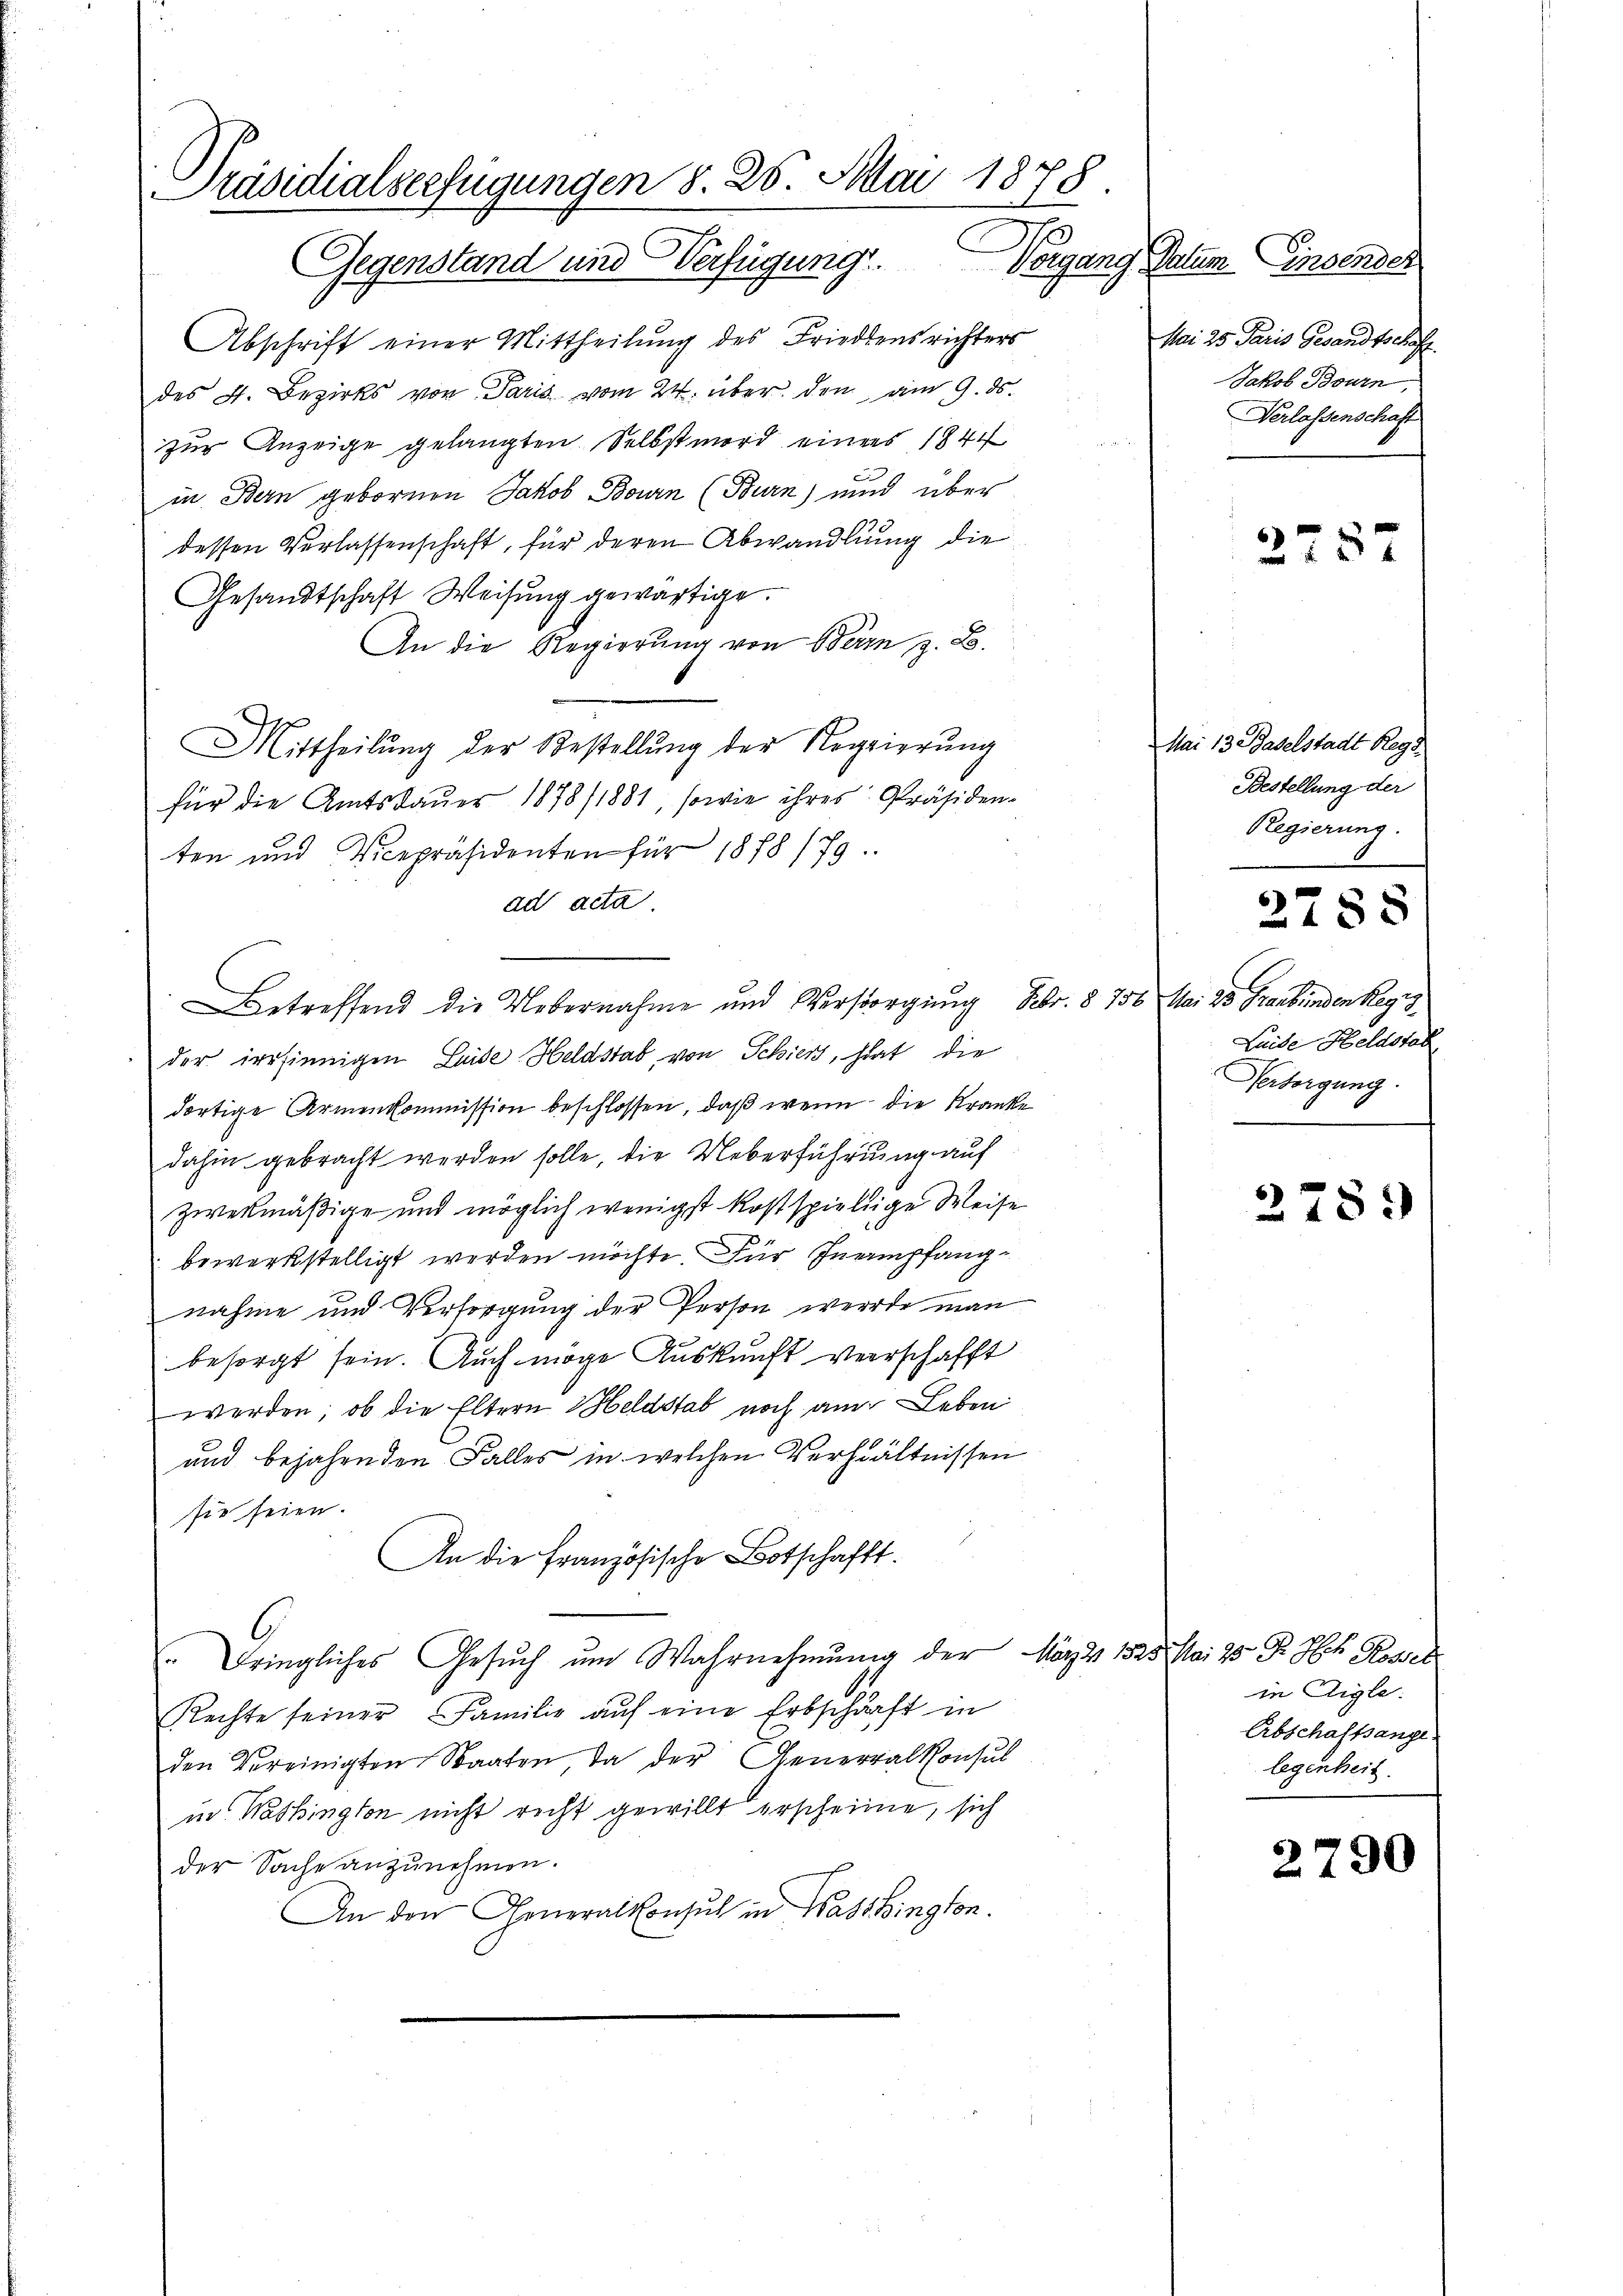
Präsidialserfügungen 8. 26. Mai 1878.
Gegenstand und Verfügung. Vergang Datum Einsender

Abschrift einer Mittheilung des Friedensrichters
des 4. Bezirks von Paris vom 24. über den am 9. ds.
zur Anzeige gelangten Selbstmord einers 1844
in Bern gebornen Jakob Bouren (Burn) und über
dessen Verlassenschaft, für deren Abwandlung die
Gesandtschaft Weisung gewärtige.
An die Regierung von Bern, z. B.
Mittheilŭng der Bestellŭng der Regierung
für die Amtsdauer 1878/1881, sowie ihres Präsiden-
ten und Vicepräsidenten für 1878 (79
ad acta.
etreffend die Uebernahme und Versorgung Febr. § 756
der irrsinnigen Leide Heldstab von Schiers, hat die
dortige Armenkommission beschlossen, daß wenn die Kranke
dahin gebracht werden solle, die Ueberführung auf
zwekmäßige und möglich wenigst kostspiellige Weise
bewerkstelligt werden möchte. Für Inempfangnahme und Versorgung der Person werde man
besorgt sein. Auch möge Auskunft verrschafft
werden, ob die Eltern Geldstab noch am Leben
und bejahenden Falles in welchen Verhältnissen
sie seien.
An die Französische Botschafft.
" Bringliches Gesuch um Wahrnehmung der März 1825. Mai 25 P. Joh. Rossel
Rechte seiner Familie auf eine Erbschaft in
den Vereinigten Staaten, da der Generalkonsul
in Washington nicht recht gewillt erscheine, sich
der Sache anzunehmen.
An den Generalkonsul in Washington.

Mai 25. Paris Gesandtsch
Jakob Bourn
Verlassenschaft

275

Mai 13. Baselstadt Reg
Bestellung der
Regierung.

Mai 25 Graubünden Regis
Luide Heldstal
Versorgung.

2788

278.)

in Aigle
Abschaffange
legenheit.

2790